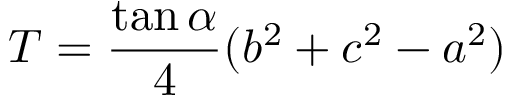
T = { \frac { \tan \alpha } { 4 } } ( b ^ { 2 } + c ^ { 2 } - a ^ { 2 } )